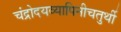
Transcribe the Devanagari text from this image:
चंद्रोदयव्यापिनीचतुर्थी